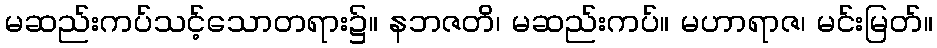
မဆည်းကပ်သင့်သောတရား၌။ နဘဇတိ၊ မဆည်းကပ်။ မဟာရာဇ၊ မင်းမြတ်။